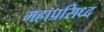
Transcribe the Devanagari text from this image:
महाप्रसिध्द